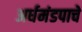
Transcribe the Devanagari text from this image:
अर्धमंडपाचे